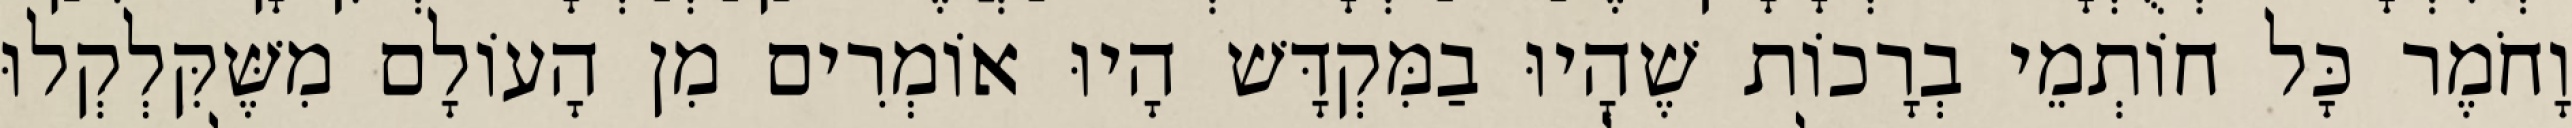
וָחֹמֶר כָּל חוֹתְמֵי בְרָכוֹת שֶׁהָיוּ בַמִּקְדָּשׁ הָיוּ אוֹמְרִים מִן הָעוֹלָם מִשֶּׁקִּלְקְלוּ